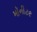
મૉનીટર